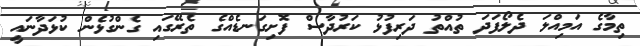
ތިމާގެ އަމިއްލަ ދެލޯފަދަ ތުއްތު ދަރިފުޅު ކަރުދާސް ފޮށިގަނޑެއްގެ ތެރޭގައި ގެންގުޅެން ކުޅަދާނައީ